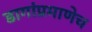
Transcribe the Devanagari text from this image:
डागांप्रमाणेच